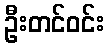
ဦးတင်ဝင်း